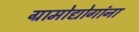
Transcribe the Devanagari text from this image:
ग्रामोद्योगांना